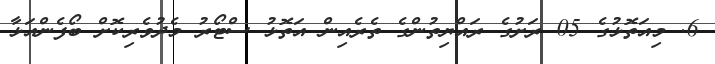
6. މިއަތޮޅުގެ 05 ރަށުގެ ރައްޔިތުންގެ ތެރެއިން އަތޮޅު ސްޓޯރު މެދުވެރިކޮށް ބޯފެންއަޅާ